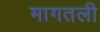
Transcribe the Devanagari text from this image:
मागतली